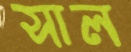
সাল